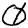
Digit: 0